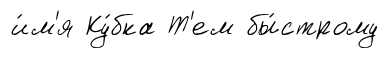
и́м'я Ку́бка Т'ем бы́строму